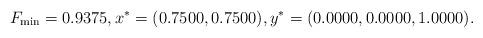
LaTeX: \begin{align*}F_{\min} = 0.9375,x^* = (0.7500, 0.7500), y^* = (0.0000, 0.0000, 1.0000).\end{align*}